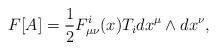
LaTeX: \begin{align*}F[A] = \frac{1}{2} F_{\mu\nu}^{i}(x)T_{i}dx^{\mu}\wedge dx^{\nu}, \end{align*}